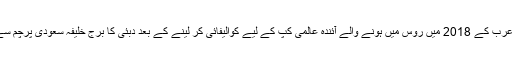
ادھر سعودی عرب کے 2018 میں روس میں ہونے والے آئندہ عالمی کپ کے لیے کوالیفائی کر لینے کے بعد دبئی کا برج خلیفہ سعودی پرچم سے سجا دیا گیا۔